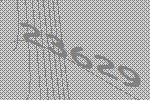
23629